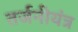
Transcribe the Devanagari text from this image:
तर्जनीयंत्र